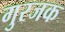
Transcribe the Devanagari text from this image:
गुरजक